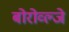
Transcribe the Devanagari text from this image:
बोरोव्ल्जे